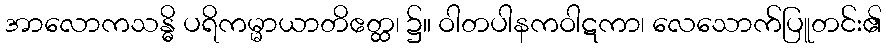
အာလောကသန္ဓိ ပရိကမ္မာယာတိဧတ္ထ၊ ၌။ ဝါတပါနကဝါဋကာ၊ လေသောက်ပြူတင်း၏